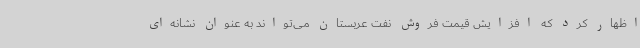
اظهار کرد که افزایش قیمت فروش نفت عربستان می‌تواند به عنوان نشانه‌ای